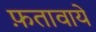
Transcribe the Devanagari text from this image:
फ़तावाये